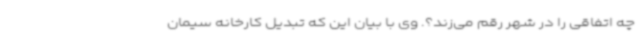
چه اتفاقی را در شهر رقم می‌زند؟. وی با بیان این که تبدیل کارخانه سیمان